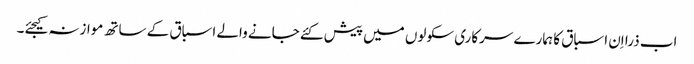
اب ذرا اِن اسباق کا ہمارے سرکاری سکولوں میں پیش کئے جانے والے اسباق کے ساتھ موازنہ کیجئے۔